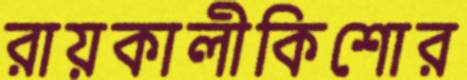
রায়কালীকিশোর